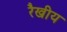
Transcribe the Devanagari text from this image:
रैखीय